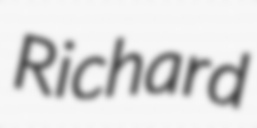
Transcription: Richard